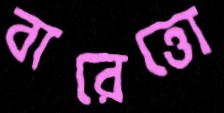
বারেত্তো